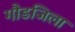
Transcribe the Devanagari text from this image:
गौडजिला